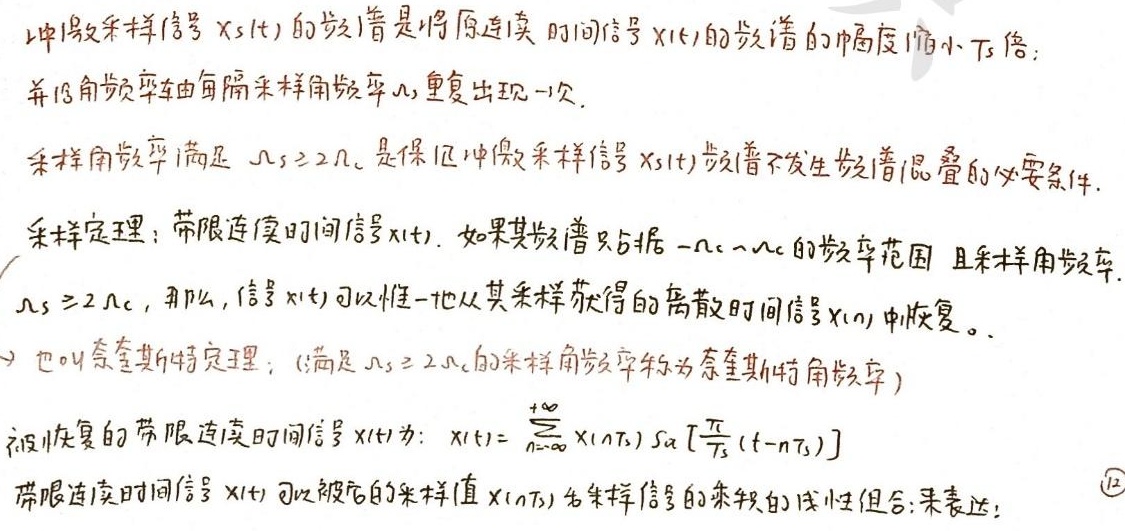
冲激采样信号$x_s(t)$的频谱是将原连续时间信号$x(t)$的频谱的幅度缩小$T_s$倍：
并沿角频率轴每隔采样角频率$\Omega_s$重复出现一次.

采样角频率满足$\Omega_s\geq2\Omega_c$是保证冲激采样信号$x_s(t)$频谱不发生频谱混叠的必要条件.

采样定理：带限连续时间信号$x(t)$，如果其频谱只占据$-\Omega_c\sim\Omega_c$的频率范围且采样角频率$\Omega_s\geq2\Omega_c$，那么，信号$x(t)$可以唯一地从其采样获得的离散时间信号$x(n)$中恢复。

也叫奈奎斯特定理：(满足$\Omega_s\geq2\Omega_c$的采样角频率称为奈奎斯特角频率)

被恢复的带限连续时间信号$x(t)$为：$x(t)=\sum_{n = -\infty}^{+\infty}x(nT_s)Sa[\frac{\pi}{T_s}(t - nT_s)]$

带限连续时间信号$x(t)$可以被它的采样值$x(nT_s)$为采样信号的乘积的线性组合来表达：